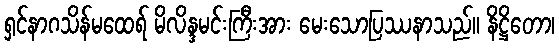
ရှင်နာဂသိန်မထေရ် မိလိန္ဒမင်းကြီးအား မေးသောပြဿနာသည်။ နိဋ္ဌိတော၊